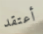
أعتقد